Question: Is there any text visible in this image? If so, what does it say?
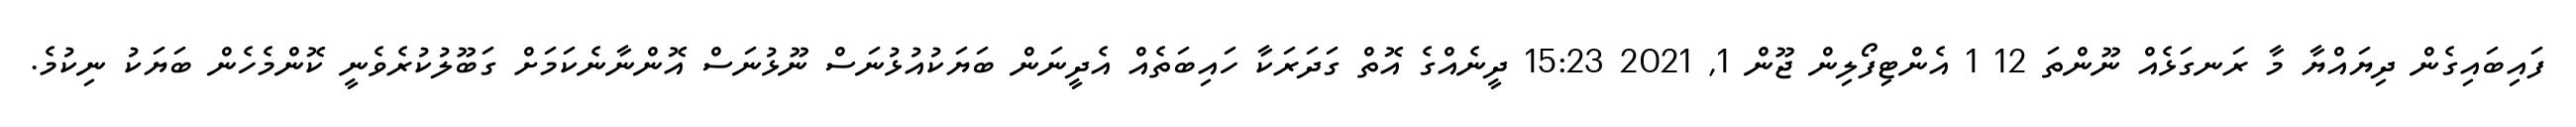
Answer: ފައިބައިގެން ދިޔައްޔާ މާ ރަނގަޅެއް ނޫންތަ 12 1 އެންޓިފޯލިން ޖޫން 1, 2021 15:23 ދީނެއްގެ އޮތް ގަދަރަކާ ހައިބަތެއް އެދީނަން ބަޔަކުއުޅުނަސް ނޫޅުނަސް އޮންނާނެކަމަށް ގަބޫލުކުރެވެނީ ކޮންމެހެން ބަޔަކު ނިކުމެ.